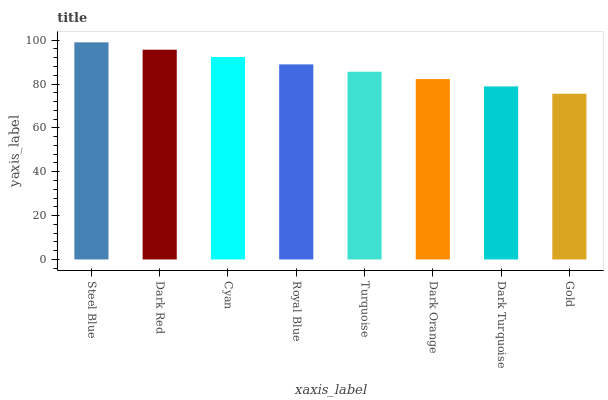
| xaxis_label | bars |
 | --- | --- |
 | Steel Blue | 99 |
 | Dark Red | 95.7 |
 | Cyan | 92.3 |
 | Royal Blue | 89 |
 | Turquoise | 85.6 |
 | Dark Orange | 82.3 |
 | Dark Turquoise | 78.9 |
 | Gold | 75.6 |